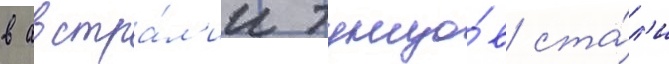
в австра́л'ии тунцо́в ста́л'и